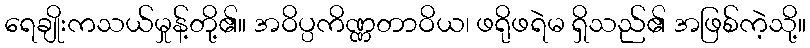
ရေချိုးကသယ်မှုန့်တို့၏။ အဝိပ္ပကိဏ္ဏတာဝိယ၊ ဖရိုဖရဲမ ရှိသည်၏ အဖြစ်ကဲ့သို့။